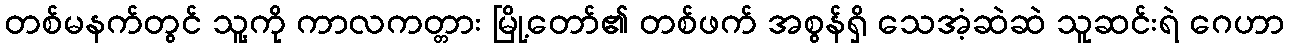
တစ်မနက်တွင် သူ့ကို ကာလကတ္တား မြို့တော်၏ တစ်ဖက် အစွန်ရှိ သေအံ့ဆဲဆဲ သူဆင်းရဲ ဂေဟာ